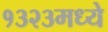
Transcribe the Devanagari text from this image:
१३२३मध्ये